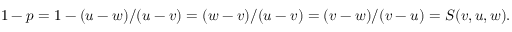
1 - p = 1 - ( u - w ) / ( u - v ) = ( w - v ) / ( u - v ) = ( v - w ) / ( v - u ) = S ( v , u , w ) .